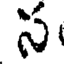
స